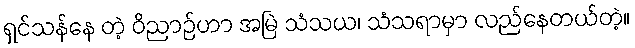
ရှင်သန်နေ တဲ့ ဝိညာဉ်ဟာ အမြဲ သံသယ၊ သံသရာမှာ လည်နေတယ်တဲ့။